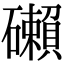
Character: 𥗓